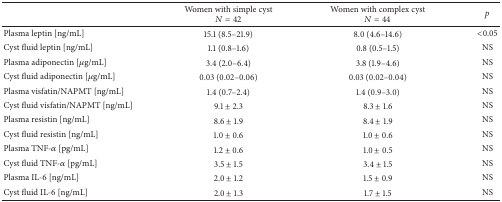
<table><thead><tr><td><b> </b></td><td><b>Women with simple cyst<i>N</i> = 42</b></td><td><b>Women with complex cyst<i>N</i> = 44</b></td><td><b><i>p</i></b></td></tr></thead><tbody><tr><td>Plasma leptin [ng/mL]</td><td>15.1 (8.5–21.9)</td><td>8.0 (4.6–14.6)</td><td>&lt;0.05</td></tr><tr><td>Cyst fluid leptin [ng/mL]</td><td>1.1 (0.8–1.6)</td><td>0.8 (0.5–1.5)</td><td>NS</td></tr><tr><td>Plasma adiponectin [<i>μ</i>g/mL]</td><td>3.4 (2.0–6.4)</td><td>3.8 (1.9–4.6)</td><td>NS</td></tr><tr><td>Cyst fluid adiponectin [<i>μ</i>g/mL]</td><td>0.03 (0.02–0.06)</td><td>0.03 (0.02–0.04)</td><td>NS</td></tr><tr><td>Plasma visfatin/NAPMT [ng/mL]</td><td>1.4 (0.7–2.4)</td><td>1.4 (0.9–3.0)</td><td>NS</td></tr><tr><td>Cyst fluid visfatin/NAPMT [ng/mL]</td><td>9.1 ± 2.3</td><td>8.3 ± 1.6</td><td>NS</td></tr><tr><td>Plasma resistin [ng/mL]</td><td>8.6 ± 1.9</td><td>8.4 ± 1.9</td><td>NS</td></tr><tr><td>Cyst fluid resistin [ng/mL]</td><td>1.0 ± 0.6</td><td>1.0 ± 0.6</td><td>NS</td></tr><tr><td>Plasma TNF-<i>α</i> [pg/mL]</td><td>1.2 ± 0.6</td><td>1.0 ± 0.5</td><td>NS</td></tr><tr><td>Cyst fluid TNF-<i>α</i> [pg/mL]</td><td>3.5 ± 1.5</td><td>3.4 ± 1.5</td><td>NS</td></tr><tr><td>Plasma IL-6 [ng/mL]</td><td>2.0 ± 1.2</td><td>1.5 ± 0.9</td><td>NS</td></tr><tr><td>Cyst fluid IL-6 [ng/mL]</td><td>2.0 ± 1.3</td><td>1.7 ± 1.5</td><td>NS</td></tr></tbody></table>